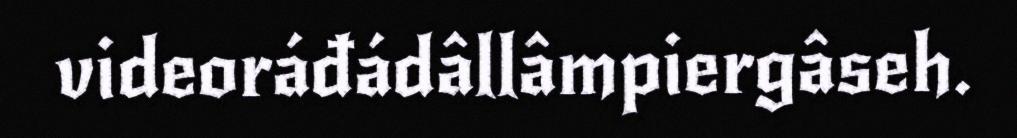
videoráđádâllâmpiergâseh.